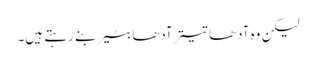
لیکن وہ آدھا تیتر آدھا بٹیر بنے رہتے ہیں۔